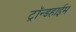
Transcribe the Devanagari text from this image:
ट्रॉन्डहाईम